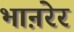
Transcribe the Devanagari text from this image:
भाऩरेर